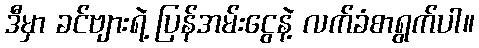
ဒီမှာ ခင်ဗျားရဲ့ ပြန်အမ်းငွေနဲ့ လက်ခံစာရွက်ပါ။